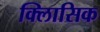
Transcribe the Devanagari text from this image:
क्लािसिक